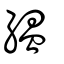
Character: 緼